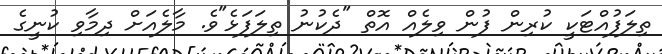
ތިލަފުއްޓަކީ ކުރިން ފުން ވިލެއް އޮތް "ދެކުނު ތިލަފަޅެ"ވެ. މާލެއަށް ދިމާވި ކުނީގެ